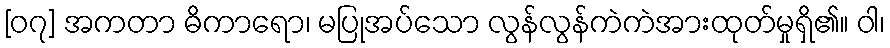
[၀၇] အကတာ ဓိကာရော၊ မပြုအပ်သော လွန်လွန်ကဲကဲအားထုတ်မှုရှိ၏။ ဝါ၊